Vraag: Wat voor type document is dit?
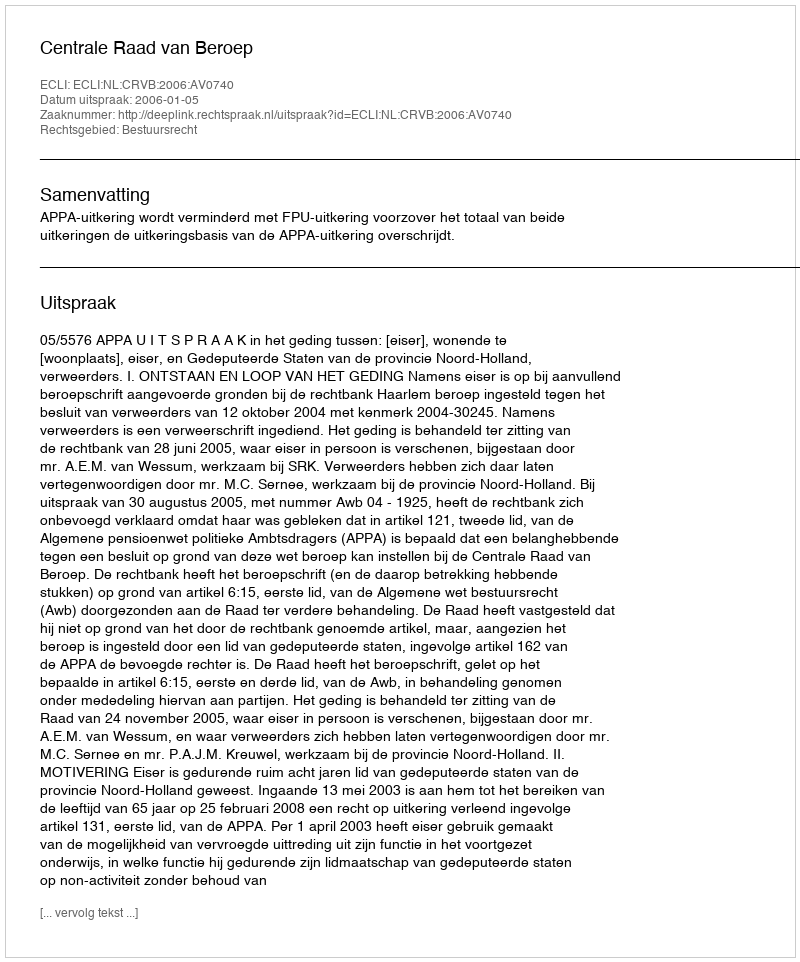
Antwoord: Uitspraak